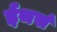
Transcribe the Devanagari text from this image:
ईथर्स